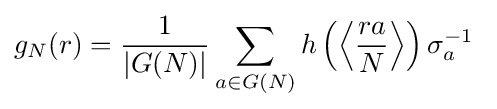
g_{N}(r)={\frac {1}{|G(N)|}}\sum _{a\in G(N)}h\left({\left\langle {\frac {ra}{N}}\right\rangle }\right)\sigma _{a}^{-1}\